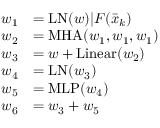
\begin{array} { r l } { w _ { 1 } } & { = \mathrm { L N } ( w ) | F ( \bar { x } _ { k } ) } \\ { w _ { 2 } } & { = \mathrm { M H A } ( w _ { 1 } , w _ { 1 } , w _ { 1 } ) } \\ { w _ { 3 } } & { = w + \mathrm { L i n e a r } ( w _ { 2 } ) } \\ { w _ { 4 } } & { = \mathrm { L N } ( w _ { 3 } ) } \\ { w _ { 5 } } & { = \mathrm { M L P } ( w _ { 4 } ) } \\ { w _ { 6 } } & { = w _ { 3 } + w _ { 5 } } \end{array}